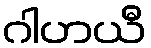
ဂါဟယီ